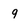
Character: 9